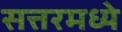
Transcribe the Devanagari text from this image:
सत्तरमध्ये